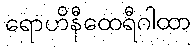
ရောဟိနီထေရီဂါထာ